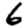
Digit: 6